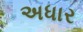
અધાર